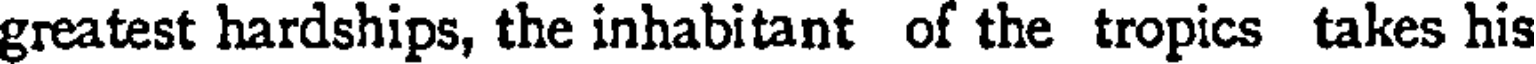
greatest hardships, the inhabitant of the tropics takes his